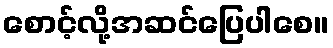
စောင့်လို့အဆင်ပြေပါစေ။